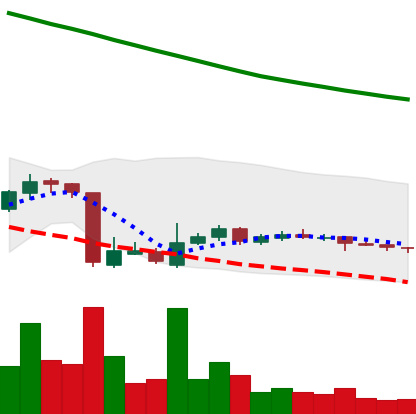
Ticker: ADA-USD
Chart end date: 2018-10-26
Forward return: -5.437%
Label: down_5_7